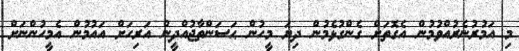
މި އަމުރުނެރުއްވުމުން އެގޮތަށް ގެންގުޅެމުން ދިޔަ މީހުން ޙަސަންތާޖުއްދީން އަރިހަށް އައުމުން އެމީހުންނަށް